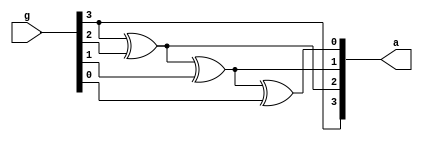
module graytobin(g,a);
    input[3:0]g;
    output[3:0]a;
    assign a[3]=g[3];
    assign a[2]=g[3]^g[2];
    assign a[1]=g[3]^g[2]^g[1];
    assign a[0]=g[3]^g[2]^g[1]^g[0];
endmodule